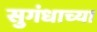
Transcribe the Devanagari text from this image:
सुगंधाच्या